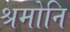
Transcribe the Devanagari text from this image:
श्रमोनि